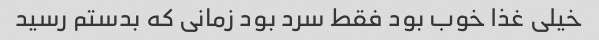
خیلی غذا خوب بود فقط سرد بود زمانی که بدستم رسید